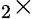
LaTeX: _{2}\times